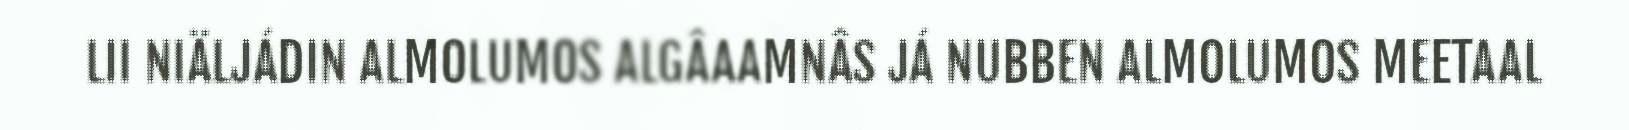
LII NIÄLJÁDIN ALMOLUMOS ALGÂAAMNÂS JÁ NUBBEN ALMOLUMOS MEETAAL